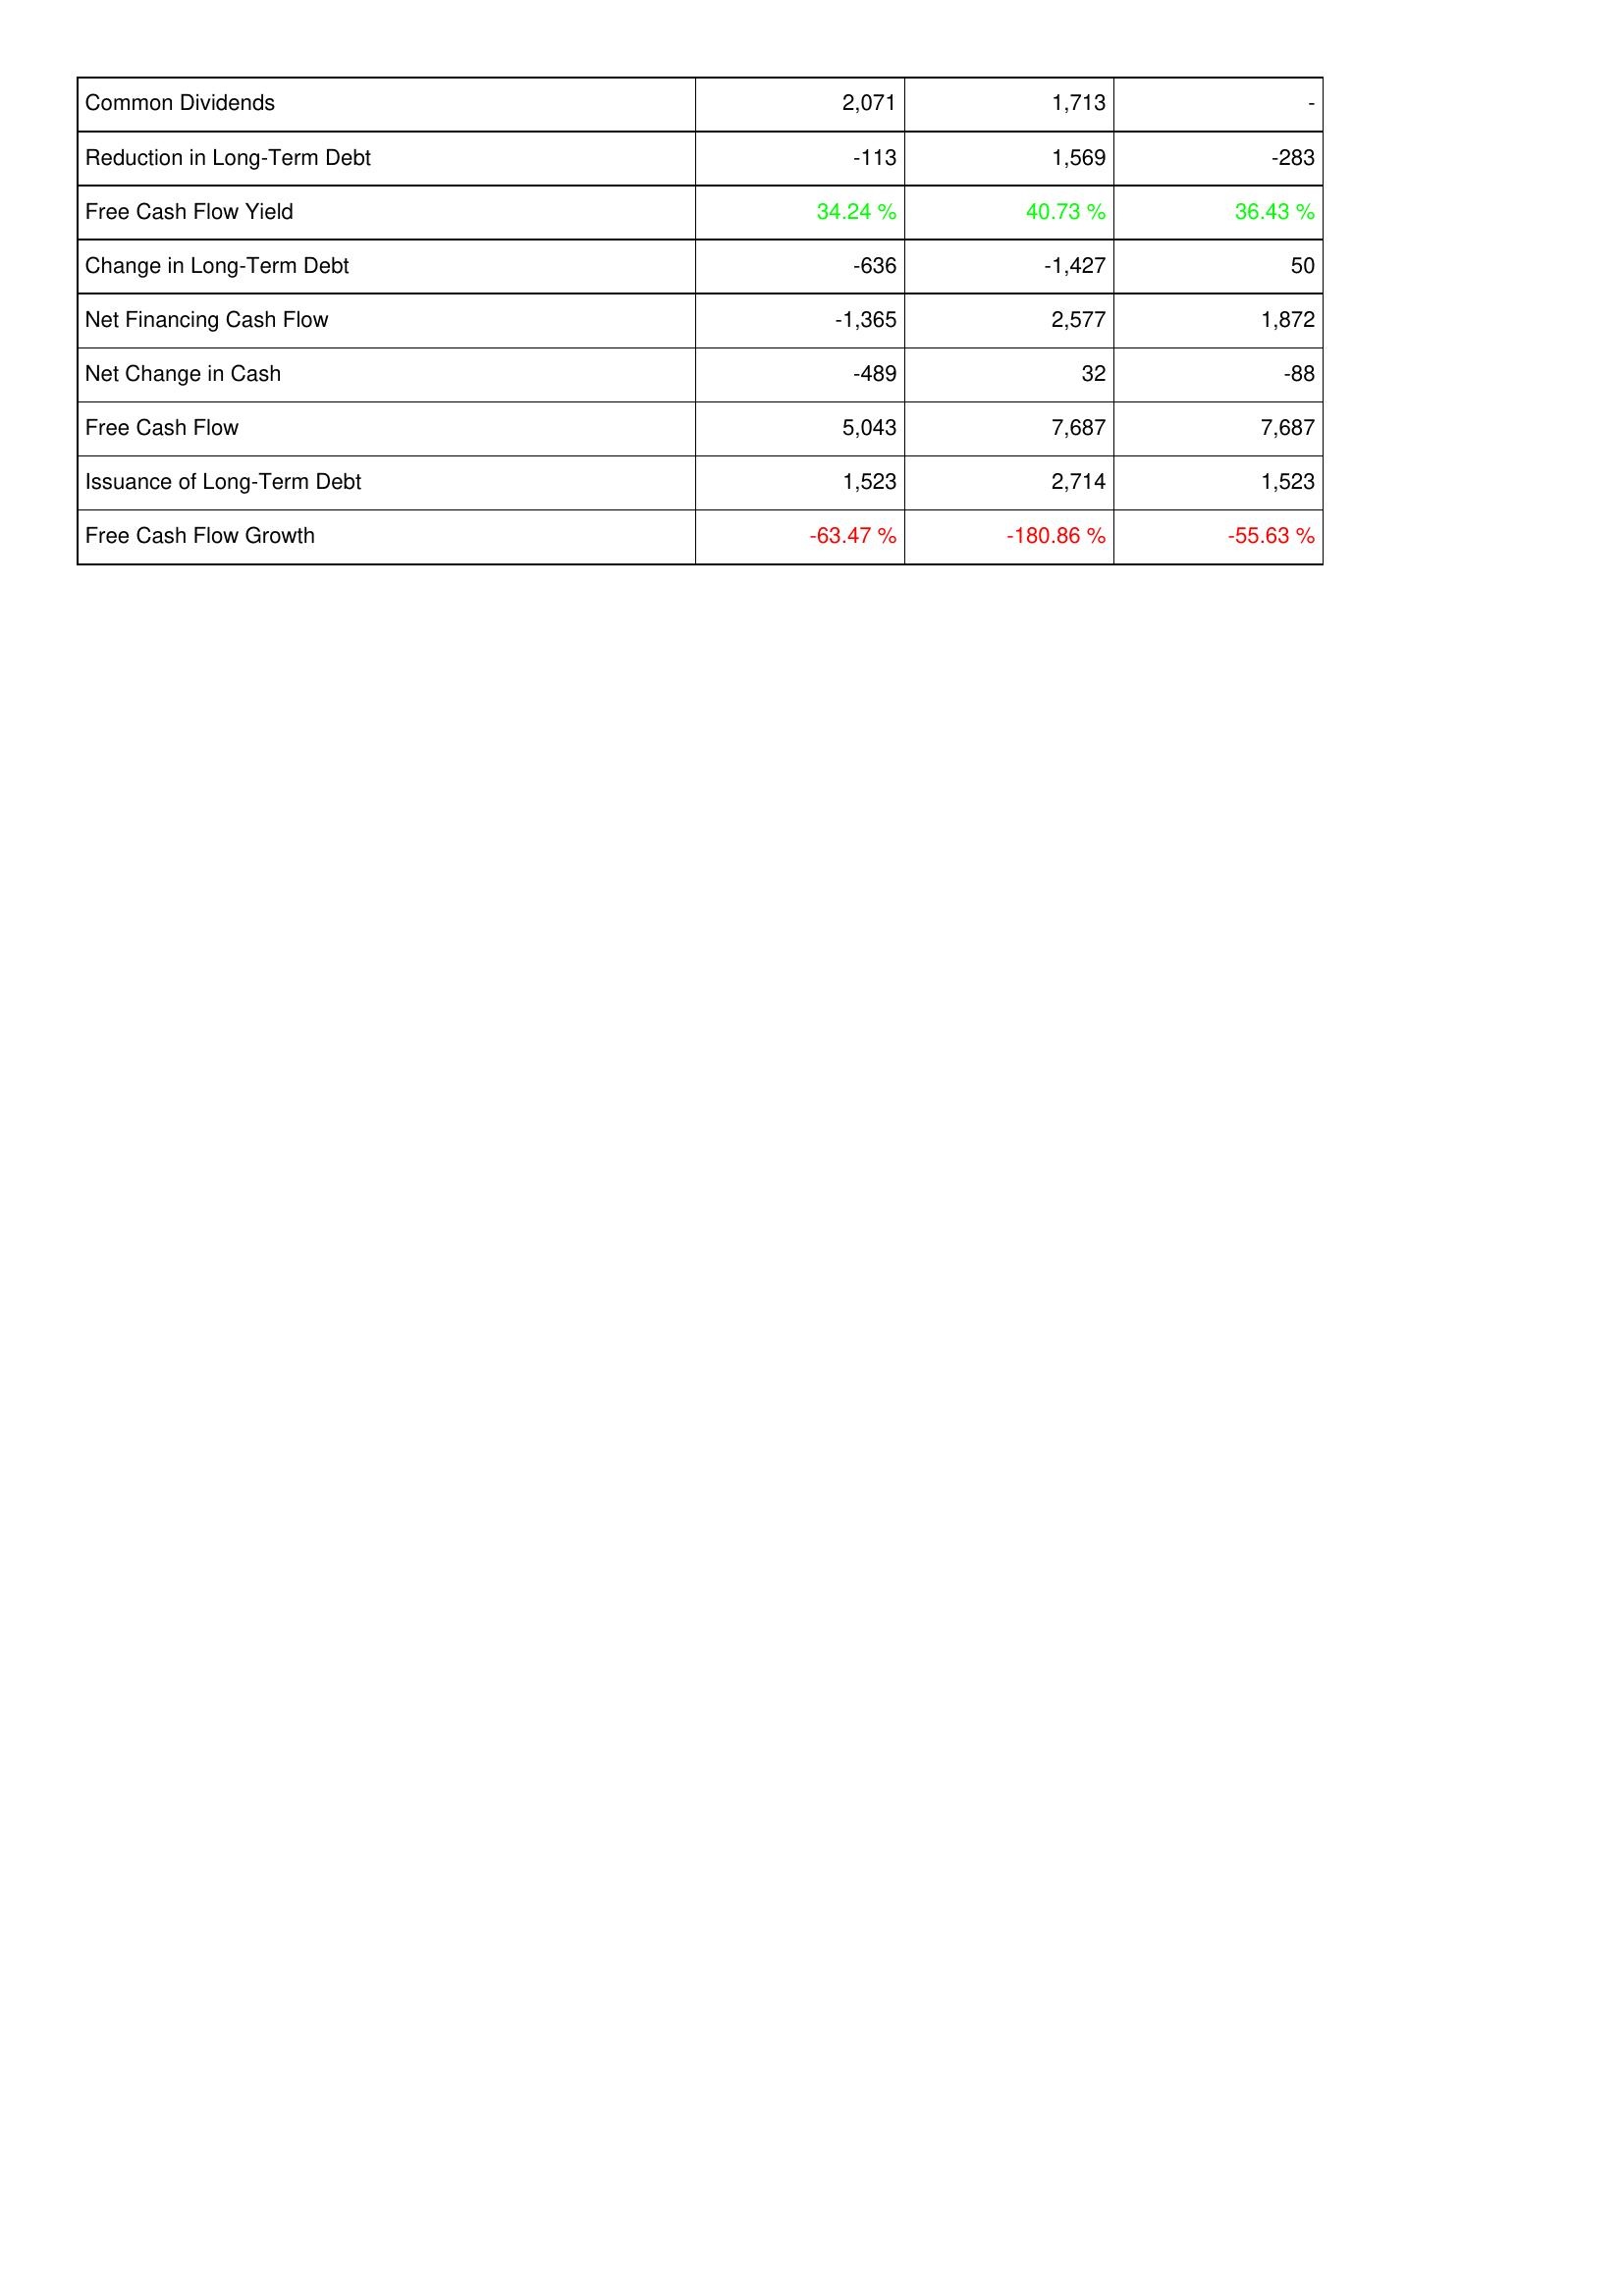
2021: Financing Activities: Common Dividends: 2,071
Reduction in Long-Term Debt: -113
Free Cash Flow Yield: 34.24 %
Change in Long-Term Debt: -636
Net Financing Cash Flow: -1,365
Net Change in Cash: -489
Free Cash Flow: 5,043
Issuance of Long-Term Debt: 1,523
Free Cash Flow Growth: -63.47 %
2022: Financing Activities: Common Dividends: 1,713
Reduction in Long-Term Debt: 1,569
Free Cash Flow Yield: 40.73 %
Change in Long-Term Debt: -1,427
Net Financing Cash Flow: 2,577
Net Change in Cash: 32
Free Cash Flow: 7,687
Issuance of Long-Term Debt: 2,714
Free Cash Flow Growth: -180.86 %
2023: Financing Activities: Common Dividends: -
Reduction in Long-Term Debt: -283
Free Cash Flow Yield: 36.43 %
Change in Long-Term Debt: 50
Net Financing Cash Flow: 1,872
Net Change in Cash: -88
Free Cash Flow: 7,687
Issuance of Long-Term Debt: 1,523
Free Cash Flow Growth: -55.63 %